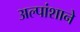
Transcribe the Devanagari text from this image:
अल्पांशाने